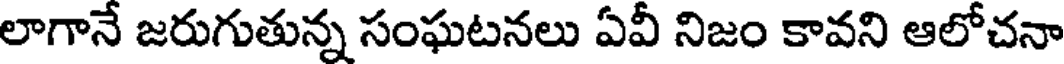
లాగానే జరుగుతున్న సంఘటనలు ఏవీ నిజం కావని ఆలోచనా